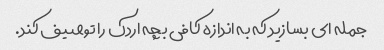
جمله ای بسازید که به اندازه کافی بچه اردک را توصیف کند.